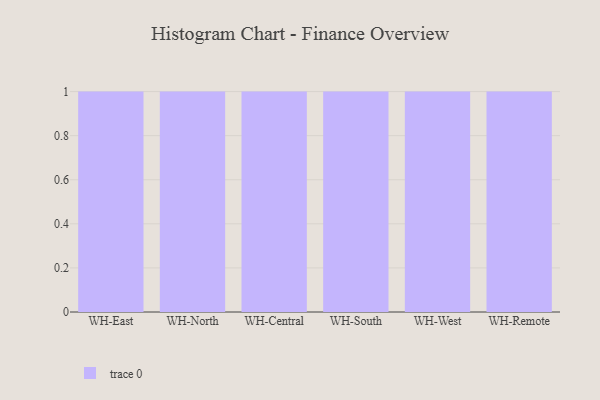
{"axis": {"x": "Warehouse", "y": "Temperature (°C)"}, "legend": [""], "data": [{"x": "WH-East", "y": 100, "type": ""}, {"x": "WH-North", "y": 36, "type": ""}, {"x": "WH-Central", "y": 56, "type": ""}, {"x": "WH-South", "y": 9, "type": ""}, {"x": "WH-West", "y": 25, "type": ""}, {"x": "WH-Remote", "y": 43, "type": ""}]}